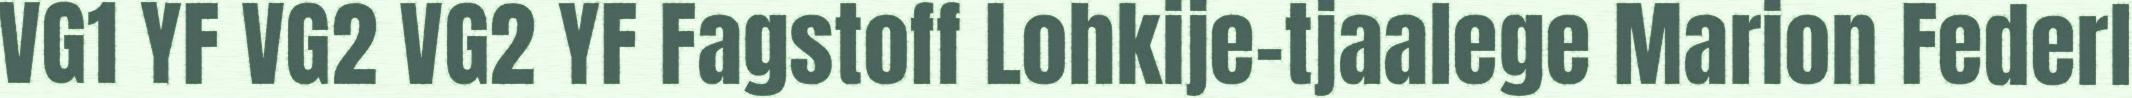
VG1 YF VG2 VG2 YF Fagstoff Lohkije-tjaalege Marion Federl